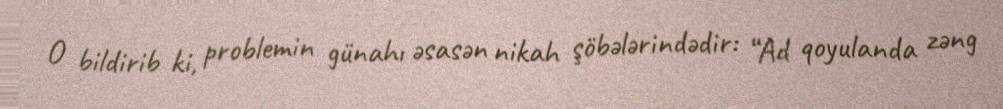
O bildirib ki, problemin günahı əsasən nikah şöbələrindədir: “Ad qoyulanda zəng